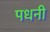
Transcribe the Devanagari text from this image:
पधनी